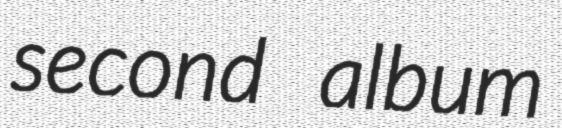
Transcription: second album